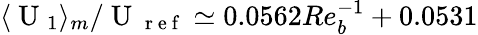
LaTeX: \langle\mathrm{~U~}_{1}\rangle_{m}/\mathrm{~U~}_{\mathrm{~r~e~f~}}\simeq 0.0562Re_{b}^{-1}+0.0531